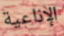
الإذاعية